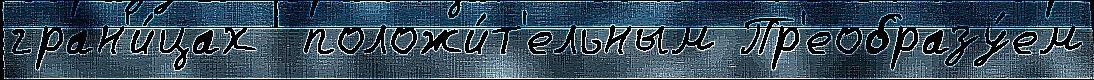
гран'и́цах  положи́т'ельным Пр'еобразу́ем